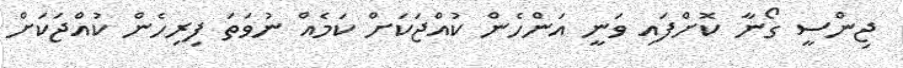
ޖިންސީ ގޯނާ ކޮށްފައި ވަނީ އަންހެން ކުއްޖަކަށް ކަމެއް ނުވަތަ ފިރިހެން ކުއްޖަކަށް